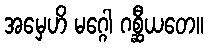
အမှေဟိ မဂ္ဂေါ ဂစ္ဆီယတေ။